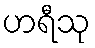
ဟရီသု